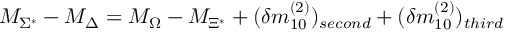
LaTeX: M _ { \Sigma ^ { * } } - M _ { \Delta } = M _ { \Omega } - M _ { \Xi ^ { * } } + ( \delta m _ { 1 0 } ^ { ( 2 ) } ) _ { s e c o n d } + ( \delta m _ { 1 0 } ^ { ( 2 ) } ) _ { t h i r d }